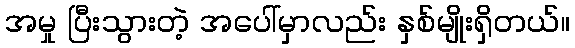
အမှု ပြီးသွားတဲ့ အပေါ်မှာလည်း နှစ်မျိုးရှိတယ်။